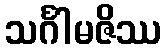
သင်္ဂါမဇိဿ